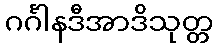
ဂင်္ဂါနဒီအာဒိသုတ္တ